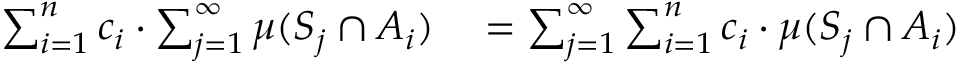
\begin{array} { r l } { \sum _ { i = 1 } ^ { n } c _ { i } \cdot \sum _ { j = 1 } ^ { \infty } \mu ( S _ { j } \cap A _ { i } ) } & { { } = \sum _ { j = 1 } ^ { \infty } \sum _ { i = 1 } ^ { n } c _ { i } \cdot \mu ( S _ { j } \cap A _ { i } ) } \end{array}